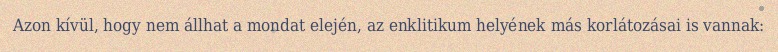
Azon kívül, hogy nem állhat a mondat elején, az enklitikum helyének más korlátozásai is vannak: